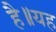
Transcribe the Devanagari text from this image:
है॥यह